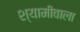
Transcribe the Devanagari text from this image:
श्यामीवाला